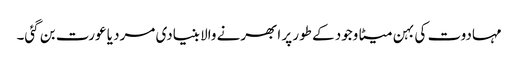
مہادوت کی بہن میٹا وجود کے طور پر ابھرنے والا بنیادی مرد یا عورت بن گئی۔